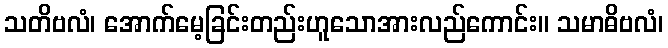
သတိဗလံ၊ အောက်မေ့ခြင်းတည်းဟူသောအားလည်ကောင်း။ သမာဓိဗလံ၊